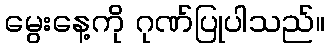
မွေးနေ့ကို ဂုဏ်ပြုပါသည်။